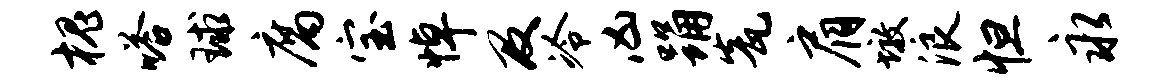
槐嗒球腐宝悼及冷凶踊瓮肩墩浪怛永